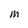
Character: M